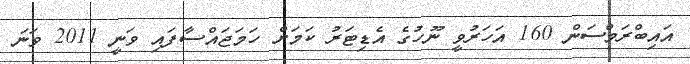
އައިބްރަމްސަން 160 އަހަރުވީ ނޫހުގެ އެޑިޓަރު ކަމަށް ހަމަޖައްސާފައި ވަނީ 2011 ވަނަ